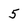
Character: 5